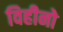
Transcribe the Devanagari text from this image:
विहीनो